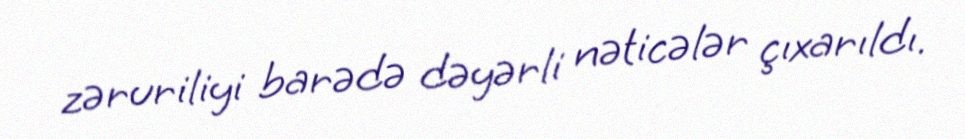
zəruriliyi barədə dəyərli nəticələr çıxarıldı.